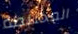
المختلطة